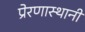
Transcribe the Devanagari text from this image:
प्रेरणास्थानी